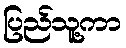
ပြည်သူ့ကာ